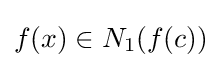
f(x)\in N_{1}(f(c))